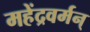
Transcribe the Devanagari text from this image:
महेंद्रवर्मन्‌